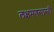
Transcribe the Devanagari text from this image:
लक्षमणसास्त्री